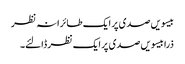
بیسویں صدی پر ایک طائرانہ نظر
ذرا بیسویں صدی پر ایک نظر ڈالئے۔